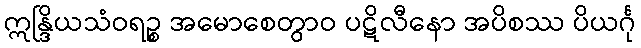
ဣန္ဒြိယသံဝရဉ္စ အမောစေတွာဝ ပဋိလီနော အပိစဿ ပိယင်္ဂု